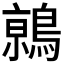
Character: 𬷦